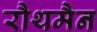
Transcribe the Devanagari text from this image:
रौथमैन